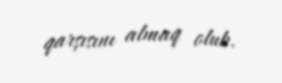
qarşısını almaq olub.